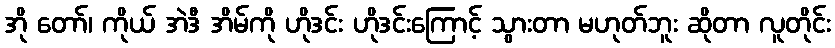
အို တော်၊ ကိုယ် အဲဒီ အိမ်ကို ဟိုဒင်း ဟိုဒင်းကြောင့် သွားတာ မဟုတ်ဘူး ဆိုတာ လူတိုင်း